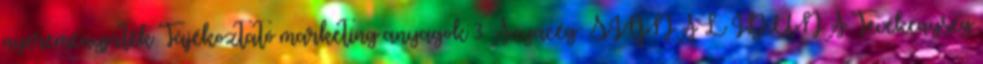
nyereményjáték Tájékoztató marketing anyagok 3 Anyacég: SIGNAL IDUNA Tevékenység